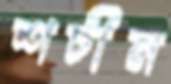
শচীন